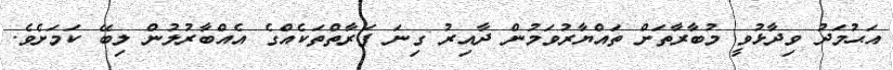
އަޙުމަދު ވިދާޅުވީ މުބާރާތަށް ތައްޔާރުވަމުން ދާއިރު ގިނަ ފަރާތްތަކެއްގެ އެއްބާރުލުން ލިބޭ ކަމަށެވެ.